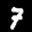
Label: 7